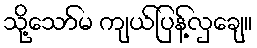
သို့သော်မ ကျယ်ပြန့်လှချေ။